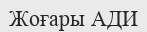
Жоғары АДИ